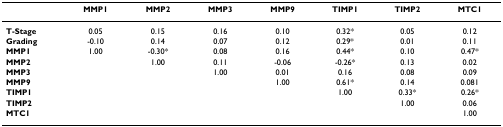
<table><thead><tr><td></td><td><b>MMP1</b></td><td><b>MMP2</b></td><td><b>MMP3</b></td><td><b>MMP9</b></td><td><b>TIMP1</b></td><td><b>TIMP2</b></td><td><b>MTC1</b></td></tr></thead><tbody><tr><td><b>T-Stage</b></td><td>0.05</td><td>0.15</td><td>0.16</td><td>0.10</td><td>0.32*</td><td>0.05</td><td>0.12</td></tr><tr><td><b>Grading</b></td><td>-0.10</td><td>0.14</td><td>0.07</td><td>0.12</td><td>0.29*</td><td>0.01</td><td>0.11</td></tr><tr><td><b>MMP1</b></td><td>1.00</td><td>-0.30*</td><td>0.08</td><td>0.16</td><td>0.44*</td><td>0.10</td><td>0.47*</td></tr><tr><td><b>MMP2</b></td><td></td><td>1.00</td><td>0.11</td><td>-0.06</td><td>-0.26*</td><td>0.13</td><td>0.02</td></tr><tr><td><b>MMP3</b></td><td></td><td></td><td>1.00</td><td>0.01</td><td>0.16</td><td>0.08</td><td>0.09</td></tr><tr><td><b>MMP9</b></td><td></td><td></td><td></td><td>1.00</td><td>0.61*</td><td>0.14</td><td>0.081</td></tr><tr><td><b>TIMP1</b></td><td></td><td></td><td></td><td></td><td>1.00</td><td>0.33*</td><td>0.26*</td></tr><tr><td><b>TIMP2</b></td><td></td><td></td><td></td><td></td><td></td><td>1.00</td><td>0.06</td></tr><tr><td><b>MTC1</b></td><td></td><td></td><td></td><td></td><td></td><td></td><td>1.00</td></tr></tbody></table>